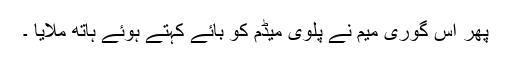
پھر اس گوری میم نے پلوی میڈم کو بائے کہتے ہوئے ہاتھ ملایا ۔